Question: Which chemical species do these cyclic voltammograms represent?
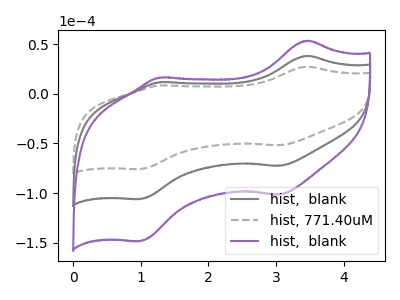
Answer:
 <answer>The gray curve is labeled "hist,  blank". The gray dashed curve is labeled "hist, 771.40uM". The purple curve is labeled "hist,  blank".</answer>
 <eval></eval>